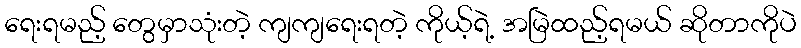
ရေးရမည့် တွေမှာသုံးတဲ့ ကျကျရေးရတဲ့ ကိုယ့်ရဲ့ အမြဲထည့်ရမယ် ဆိုတာကိုပဲ